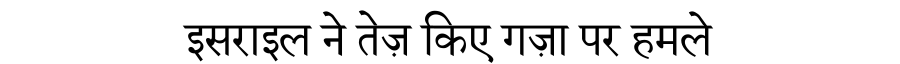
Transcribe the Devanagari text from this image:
इसराइल ने तेज़ किए गज़ा पर हमले